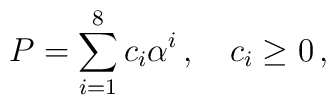
P = \sum_{i=1}^{8} c_i \alpha^i\,, \quad c_i \ge 0\,,